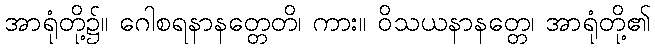
အာရုံတို့၌။ ဂေါစရနာနတ္တေတိ၊ ကား။ ဝိသယနာနတ္တေ၊ အာရုံတို့၏